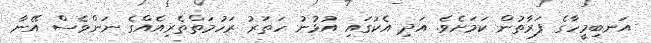
އަނބިމީހާގެ ފަރާތުން ކަމަށެވެ. އަދި އެކުގައި އުޅުނު ހަތަރު ރަހުމަތްތެރިއެއްގެ ނަންވެސް އޭނާ